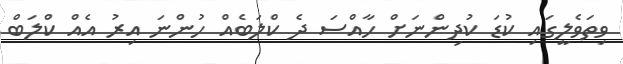
ވިތަވެލީގައި ކުޑަ ކުދިންނަށް ހާއްސަ ދެ ކްލަބެއް ހުންނަ އިރު އެއް ކްލަބް